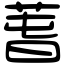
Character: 萅